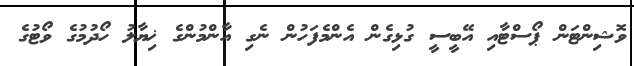
ވޮޝިންޓަން ޕޯސްޓާއި އޭބީސީ ގުޅިގެން އެންމެފަހުން ނެގި އާންމުންގެ ޚިޔާލު ހޯދުމުގެ ވޯޓުގެ